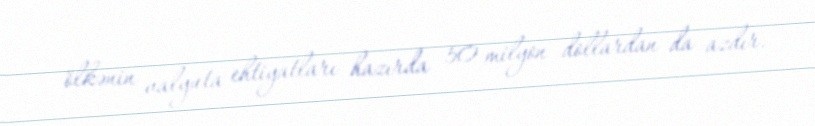
ölkənin valyuta ehtiyatları hazırda 50 milyon dollardan da azdır.